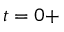
t = 0 +